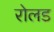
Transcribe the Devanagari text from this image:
रोलड